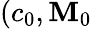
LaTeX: (c_{0},\mathbf{M}_{0}